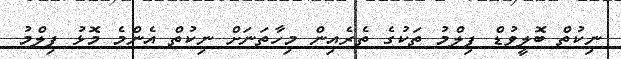
ނިކުތް ބޮލީވުޑް ފިލްމު ތަކުގެ ތެރެއިން މިހާތަނަށް ނިކުތް އެންމެ މޮޅު ފިލްމު